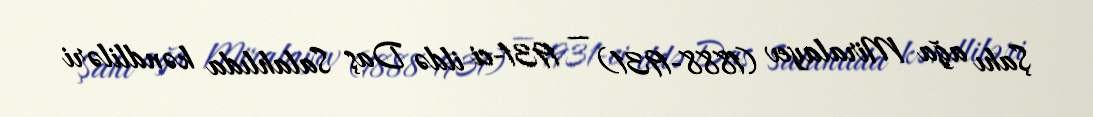
Şahı ağa Miralayev (1888-1931) — 1931-ci ildə Daş Salahlıda kəndliləri